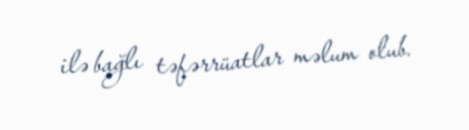
ilə bağlı təfərrüatlar məlum olub.